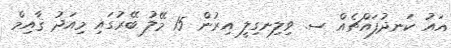
އައު ކަނދުފައްޗެއް ސ. ވިލިނގިލީ އިރުން 15 މޭލު ބޭރުގައި މިއަދު ޤާއިމް